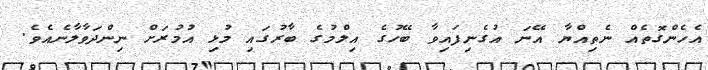
އެހެންގޮތެއް ނެތިއްޔާ އޭނަ އުގެނިފައިވާ ބޭހުގެ އިލްމުގެ ބާރުގައި މުޅި އުމުރަށް ނިންދަވާލާނެއެވެ.